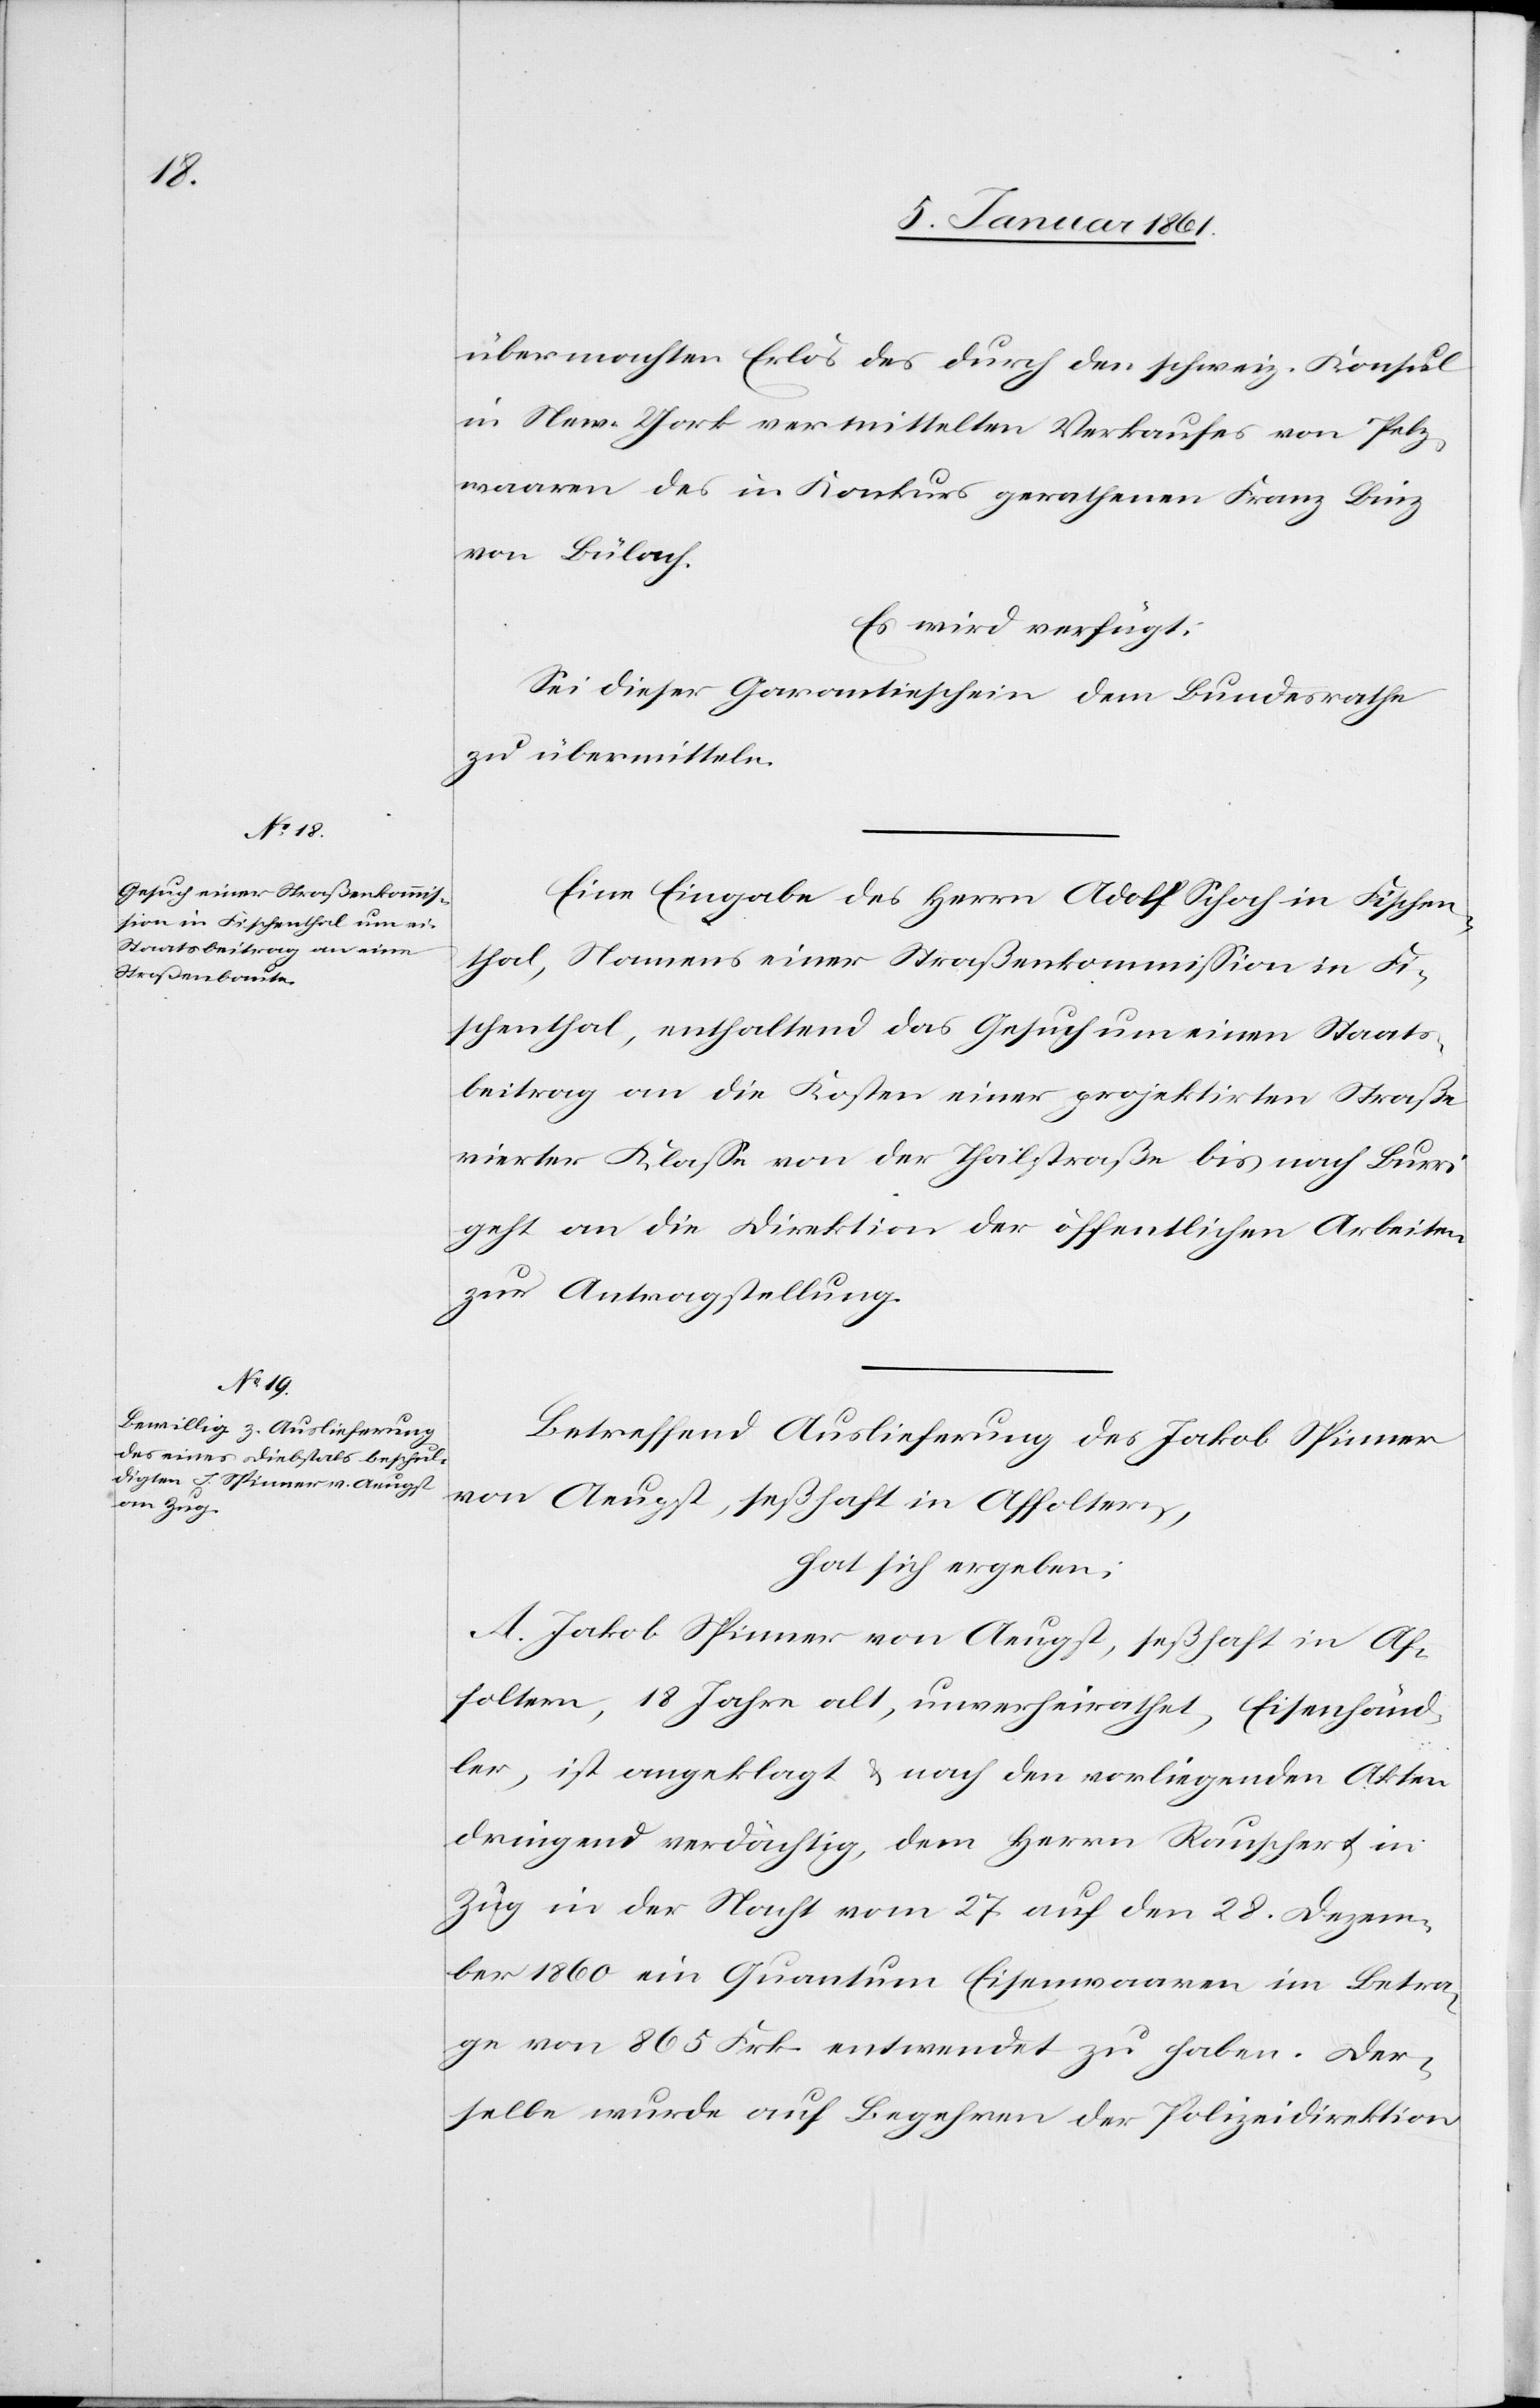
7. Januar 1861.]
übermachten Erlös des durch den schweiz. Konsul
in New-York vermittelten Verkaufes von Pelz¬
waaren des in Konkurs gerathenen Franz Binz
von Bülach.
Es wird verfügt:
Sei dieser Garantieschein dem Bundesrathe
zu übermitteln.
Eine Eingabe des Herrn Adolf Schoch in Fischen¬
thal, Namens einer Straßenkommission in Fi¬
schenthal, enthaltend das Gesuch um einen Staats¬
beitrag an die Kosten einer projektirten Straße
vierter Klasse von der Thalstraße bis nach Burri
geht an die Direktion der öffentlichen Arbeiten
zur Antragstellung.
Betreffend Auslieferung des Jakob Spinner
von Aeugst, seßhaft in Affoltern,
hat sich ergeben:
A. Jakob Spinner von Aeugst, seßhaft in Af¬
foltern, 18 Jahre alt, unverheurathet, Eisenhänd¬
ler, ist angeklagt u. nach den vorliegenden Akten
dringend verdächtig, dem Herrn Rauschert in
Zug in der Nacht vom 27. auf den 28. Dezem¬
ber 1860 ein Quantum Eisenwaaren im Betra¬
ge von 865 Frk. entwendet zu haben. Der¬
selbe wurde auf Begehren der Polizeidirektion